Civil Veterinary Dept. North-West Frontier Province 1901-22 - 1901-1922
Year: 1901
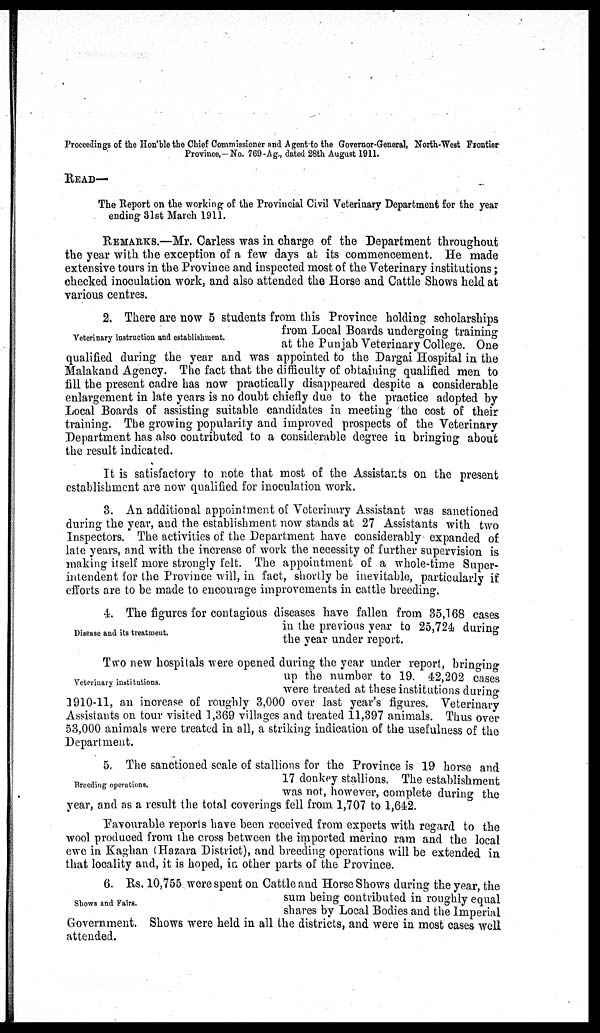
Proceedings of the Hon'ble the Chief Commissioner and Agent to the Governor-General, North-West Frontier
Province,-No. 769-Ag., dated 28th August 1911.
READ—
The Report on the working of the Provincial Civil Veterinary Department for the year
ending 31st March 1911.
REMARKS.—Mr. Carless was in charge of the Department throughout
the year with the exception of a few days at its commencement. He made
extensive tours in the Province and inspected most of the Veterinary institutions;
checked inoculation work, and also attended the Horse and Cattle Shows held at
various centres.
Veterinary instruction and establishment.
2. There are now 5 students from this Province holding scholarships
from Local Boards undergoing training
at the Punjab Veterinary College. One
qualified during the year and was appointed to the Dargai Hospital in the
Malakand Agency. The fact that the difficulty of obtaining qualified men to
fill the present cadre has now practically disappeared despite a considerable
enlargement in late years is no doubt chiefly due to the practice adopted by
Local Boards of assisting suitable candidates in meeting the cost of their
training. The growing popularity and improved prospects of the Veterinary
Department has also contributed to a considerable degree in bringing about
the result indicated.
It is satisfactory to note that most of the Assistants on the present
establishment are now qualified for inoculation work.
3. An additional appointment of Veterinary Assistant was sanctioned
during the year, and the establishment now stands at 27 Assistants with two
Inspectors. The activities of the Department have considerably expanded of
late years, and with the increase of work the necessity of further supervision is
making itself more strongly felt. The appointment of a whole-time Super-
intendent for the Province will, in fact, shortly be inevitable, particularly if
efforts are to be made to encourage improvements in cattle breeding.
Disease and its treatment.
4. The figures for contagious diseases have fallen from 35,168 cases
in the previous year to 25,724 during
the year under report.
Veterinary institutions.
Two new hospitals were opened during the year under report, bringing
up the number to 19. 42,202 cases
were treated at these institutions during
1910-11, an increase of roughly 3,000 over last year's figures. Veterinary
Assistants on tour visited 1,369 villages and treated 11,397 animals. Thus over
53,000 animals were treated in all, a striking indication of the usefulness of the
Department.
Breeding operations.
5. The sanctioned scale of stallions for the Province is 19 horse and
17 donkey stallions. The establishment
was not, however, complete during the
year, and as a result the total coverings fell from 1,707 to 1,642.
Favourable reports have been received from experts with regard to the
wool produced from the cross between the imported merino ram and the local
ewe in Kaghan (Hazara District), and breeding operations will be extended in
that locality and, it is hoped, in other parts of the Province.
Shows and Fairs.
6. Rs. 10,755 were spent on Cattle and Horse Shows during the year, the
sum being contributed in roughly equal
shares by Local Bodies and the Imperial
Government. Shows were held in all the districts, and were in most cases well
attended.